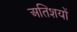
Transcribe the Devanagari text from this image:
अतिशयों